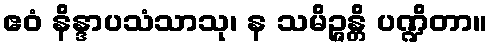
ဧဝံ နိန္ဒာပသံသာသု၊ န သမိဉ္ဇန္တိ ပဏ္ဍိတာ။